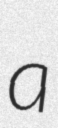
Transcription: a